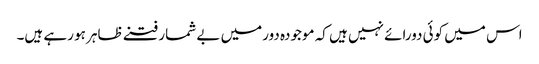
اس میں کوئی دورائے نہیں ہیں کہ موجودہ دورمیں بے شمار فتنے ظاہر ہو رہے ہیں۔